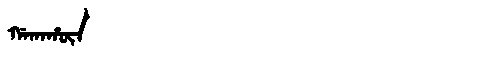
Manchu: ᡤᠠᡴᠠᡥᡡᠨ
Romanization: GAKAHŪN